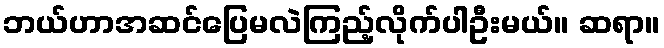
ဘယ်ဟာအဆင်ပြေမလဲကြည့်လိုက်ပါဦးမယ်။ ဆရာ။